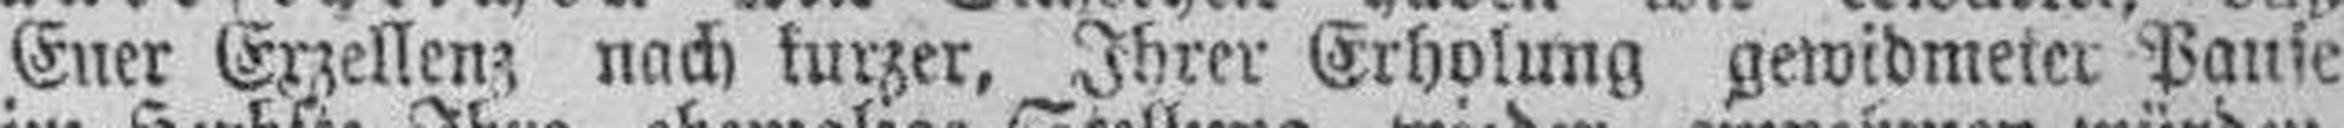
Euer Exzellenz nach kurzer, Ihrer Erholung gewidmeter Pause